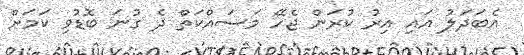
އެބަދަލު އައި އިރު ކުރަން ޖެހޭ މަސައްކަތް ދެ ގުނަ ބޮޑުވި ކަމަށް